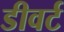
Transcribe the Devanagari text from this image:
डीवर्ट